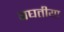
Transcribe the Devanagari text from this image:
बघतीया